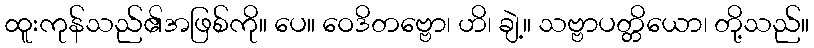
ထူးကုန်သည်၏အဖြစ်ကို။ ပေ။ ဝေဒိတဗ္ဗော၊ ဟိ၊ ချဲ့။ သဗ္ဗာပတ္တိယော၊ တို့သည်။